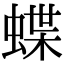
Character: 蝶